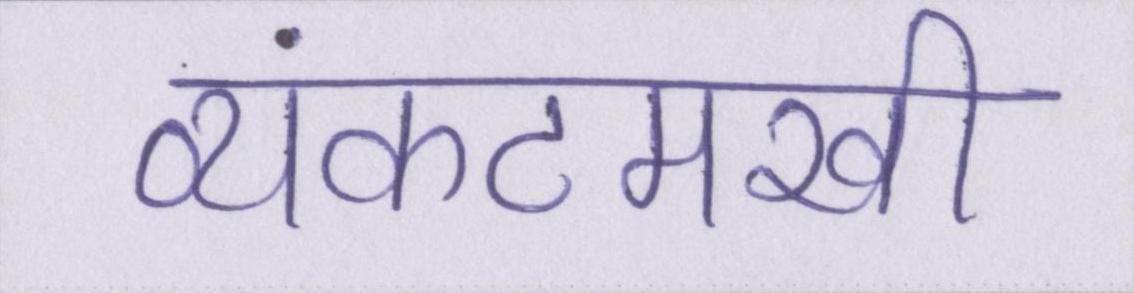
व्यंकटमखी